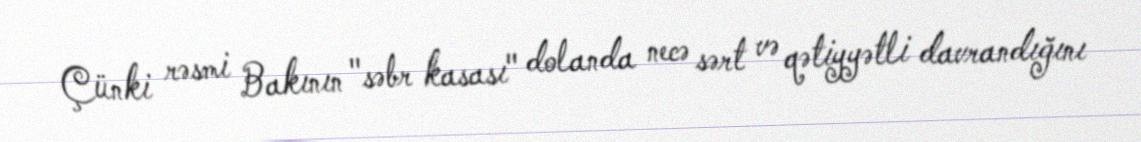
Çünki rəsmi Bakının "səbr kasası" dolanda necə sərt və qətiyyətli davrandığını